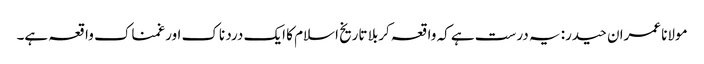
مولانا عمران حیدر: یہ درست ہے کہ واقعہ کربلا تاریخ اسلام کا ایک درد ناک اور غمناک واقعہ ہے۔